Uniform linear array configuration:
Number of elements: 8
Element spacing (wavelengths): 1
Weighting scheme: blackman
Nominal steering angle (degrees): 15
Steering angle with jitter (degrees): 13.293
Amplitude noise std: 0.05
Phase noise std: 0.05

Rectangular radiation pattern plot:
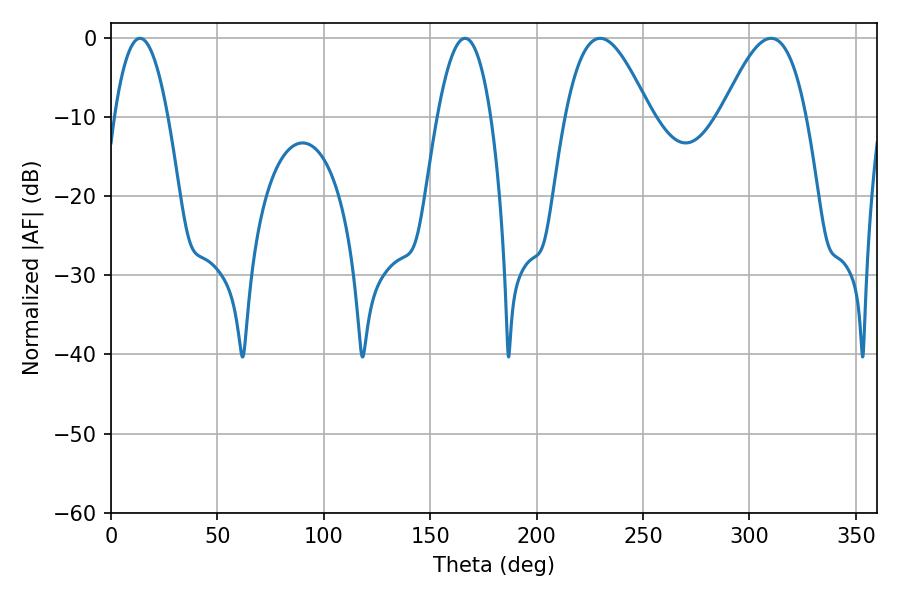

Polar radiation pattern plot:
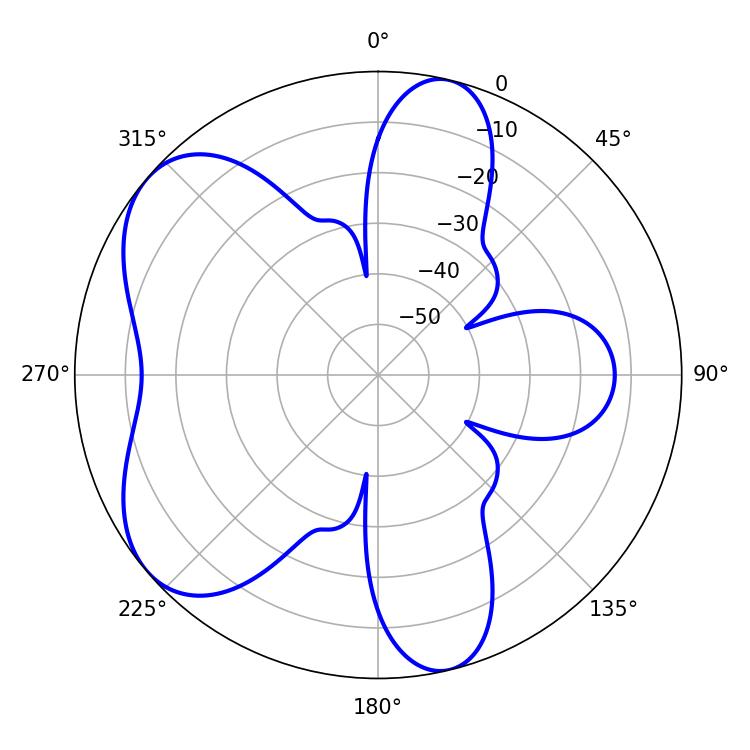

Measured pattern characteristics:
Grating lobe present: TRUE
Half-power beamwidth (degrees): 21.42
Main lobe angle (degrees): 229.86